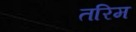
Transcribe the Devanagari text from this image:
तरिम